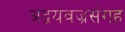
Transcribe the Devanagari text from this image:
अद्वयवज्रसंगह